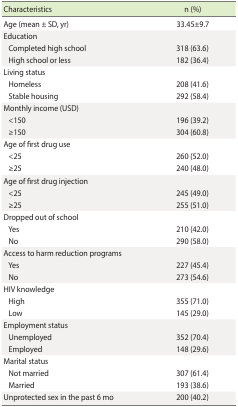
<table><thead><tr><td><b>Characteristics</b></td><td><b>n (%)</b></td></tr></thead><tbody><tr><td>Age (mean ± SD, yr)</td><td>33.45±9.7</td></tr><tr><td>Education</td><td></td></tr><tr><td> Completed high school</td><td>318 (63.6)</td></tr><tr><td> High school or less</td><td>182 (36.4)</td></tr><tr><td>Living status</td><td></td></tr><tr><td> Homeless</td><td>208 (41.6)</td></tr><tr><td> Stable housing</td><td>292 (58.4)</td></tr><tr><td>Monthly income (USD)</td><td></td></tr><tr><td> &lt;150</td><td>196 (39.2)</td></tr><tr><td> ≥150</td><td>304 (60.8)</td></tr><tr><td>Age of first drug use</td><td></td></tr><tr><td> &lt;25</td><td>260 (52.0)</td></tr><tr><td> ≥25</td><td>240 (48.0)</td></tr><tr><td>Age of first drug injection</td><td></td></tr><tr><td> &lt;25</td><td>245 (49.0)</td></tr><tr><td> ≥25</td><td>255 (51.0)</td></tr><tr><td>Dropped out of school</td><td></td></tr><tr><td> Yes</td><td>210 (42.0)</td></tr><tr><td> No</td><td>290 (58.0)</td></tr><tr><td>Access to harm reduction programs</td><td></td></tr><tr><td> Yes</td><td>227 (45.4)</td></tr><tr><td> No</td><td>273 (54.6)</td></tr><tr><td>HIV knowledge</td><td></td></tr><tr><td> High</td><td>355 (71.0)</td></tr><tr><td> Low</td><td>145 (29.0)</td></tr><tr><td>Employment status</td><td></td></tr><tr><td> Unemployed</td><td>352 (70.4)</td></tr><tr><td> Employed</td><td>148 (29.6)</td></tr><tr><td>Marital status</td><td></td></tr><tr><td> Not married</td><td>307 (61.4)</td></tr><tr><td> Married</td><td>193 (38.6)</td></tr><tr><td>Unprotected sex in the past 6 mo</td><td>200 (40.2)</td></tr></tbody></table>